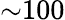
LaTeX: \mathord{\sim}100